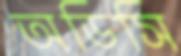
অডিসি